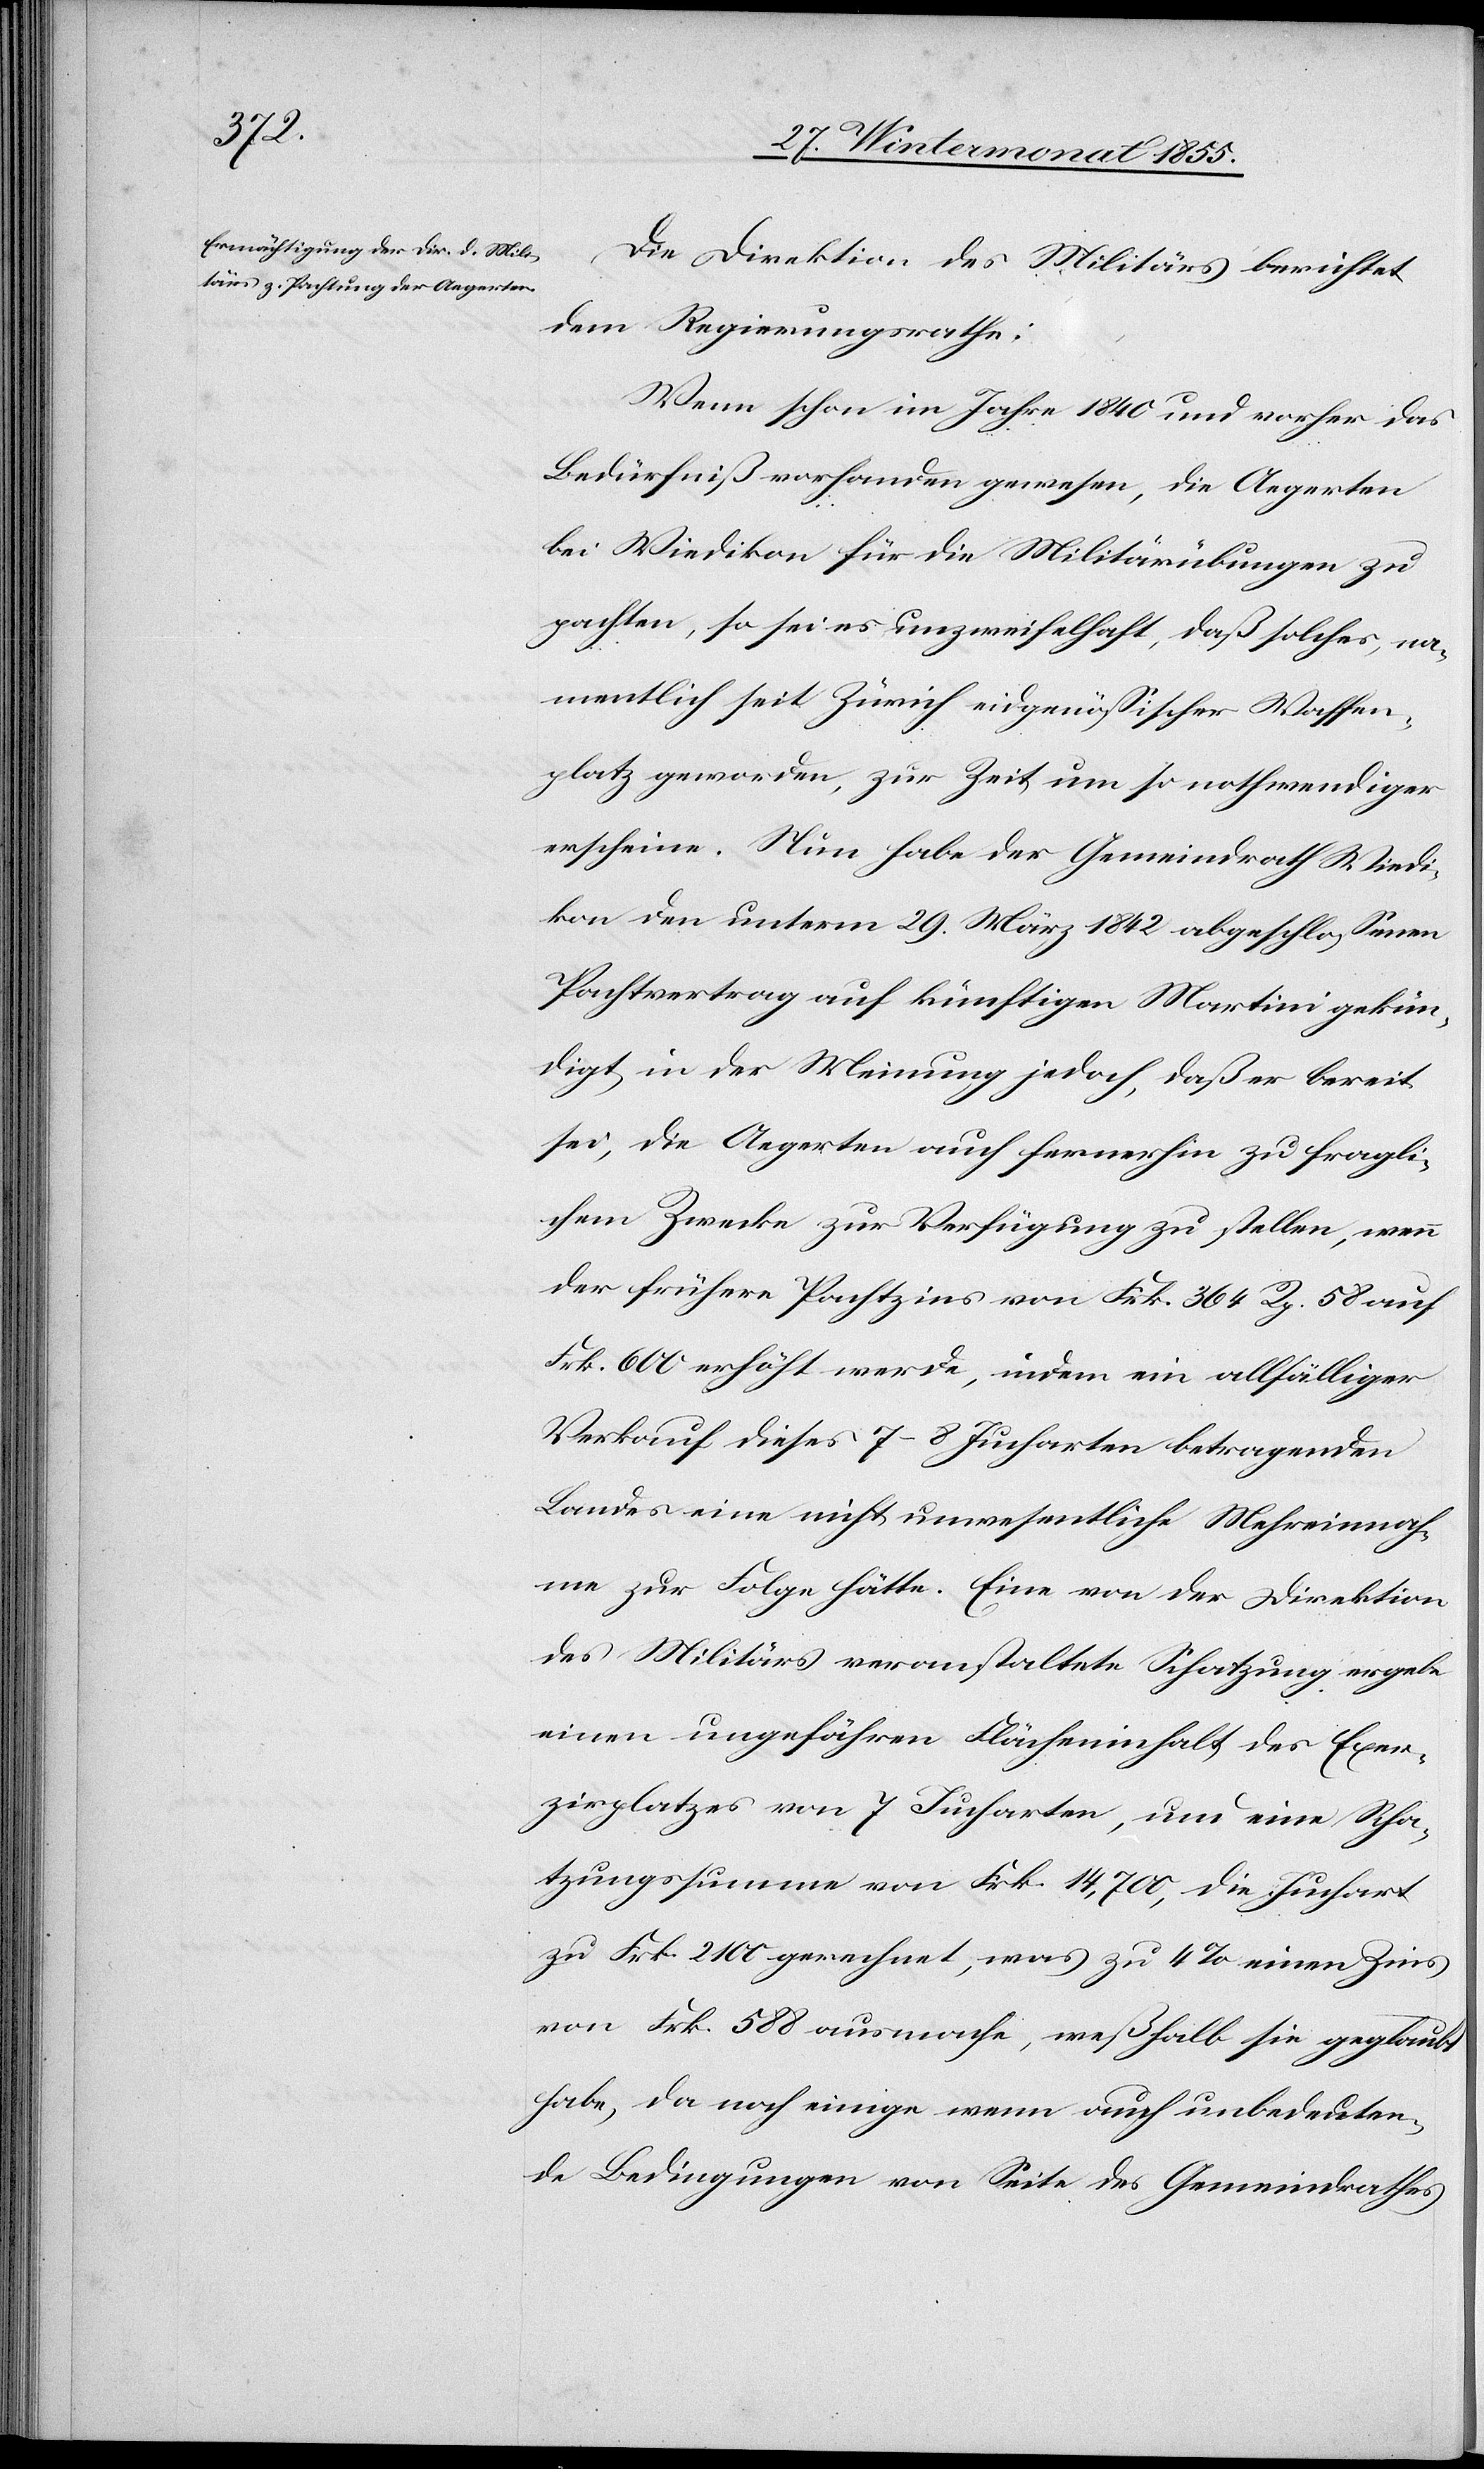
Die Direktion des Militärs berichtet
dem Regierungsrathe:
Wenn schon im Jahre 1840 und vorher das
Bedürfniß vorhanden gewesen, die Aegerten
bei Wiedikon für die Militärübungen zu
pachten, so sei es unzweifelhaft, daß solches, na¬
mentlich seit Zürich eidgenössischer Waffen¬
platz geworden, zur Zeit um so nothwendiger
erscheine. Nun habe der Gemeindrath Wiedi¬
kon den unterm 29. März 1842 abgeschlossenen
Pachtvertrag auf künftigen Martini gekün¬
digt in der Meinung jedoch, daß er bereit
sei, die Aegerten auch fernerhin zu fragli¬
chem Zwecke zur Verfügung zu stellen, wenn
der frühere Pachtzins von Frk. 364 Rp. 58 auf
Frk. 600 erhöht werde, indem ein allfälliger
Verkauf dieses 7–8 Jucharten betragenden
Landes eine nicht unwesentliche Mehreinnah¬
me zur Folge hätte. Eine von der Direktion
des Militärs veranstaltete Schatzung ergebe
einen ungefähren Flächeninhalt des Exer¬
zirplatzes von 7 Jucharten, und eine Scha¬
tzungssumme von Frk. 14,700, die Juchart
zu Frk. 2100 gerechnet, was zu 4% einen Zins
von Frk. 588 ausmache, weßhalb sie geglaubt
habe, da noch einige wenn auch unbedeuten¬
de Bedingungen von Seite des Gemeindrathes